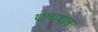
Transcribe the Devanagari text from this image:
पायथल